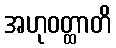
အဟုဝတ္ထာတိ